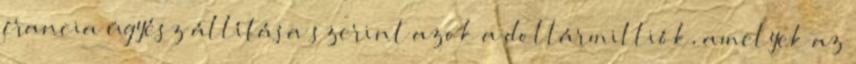
francia ügyész állítása szerint azok a dollármilliók, amelyek az